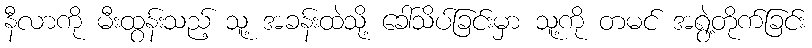
နီလာကို မီးထွန်းသည့် သူ့ အခန်းထဲသို့ ခေါ်သိပ်ခြင်းမှာ သူ့ကို တမင် အရွဲ့တိုက်ခြင်း